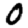
Digit: 0